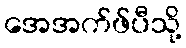
အေအက်ဖ်ပီသို့